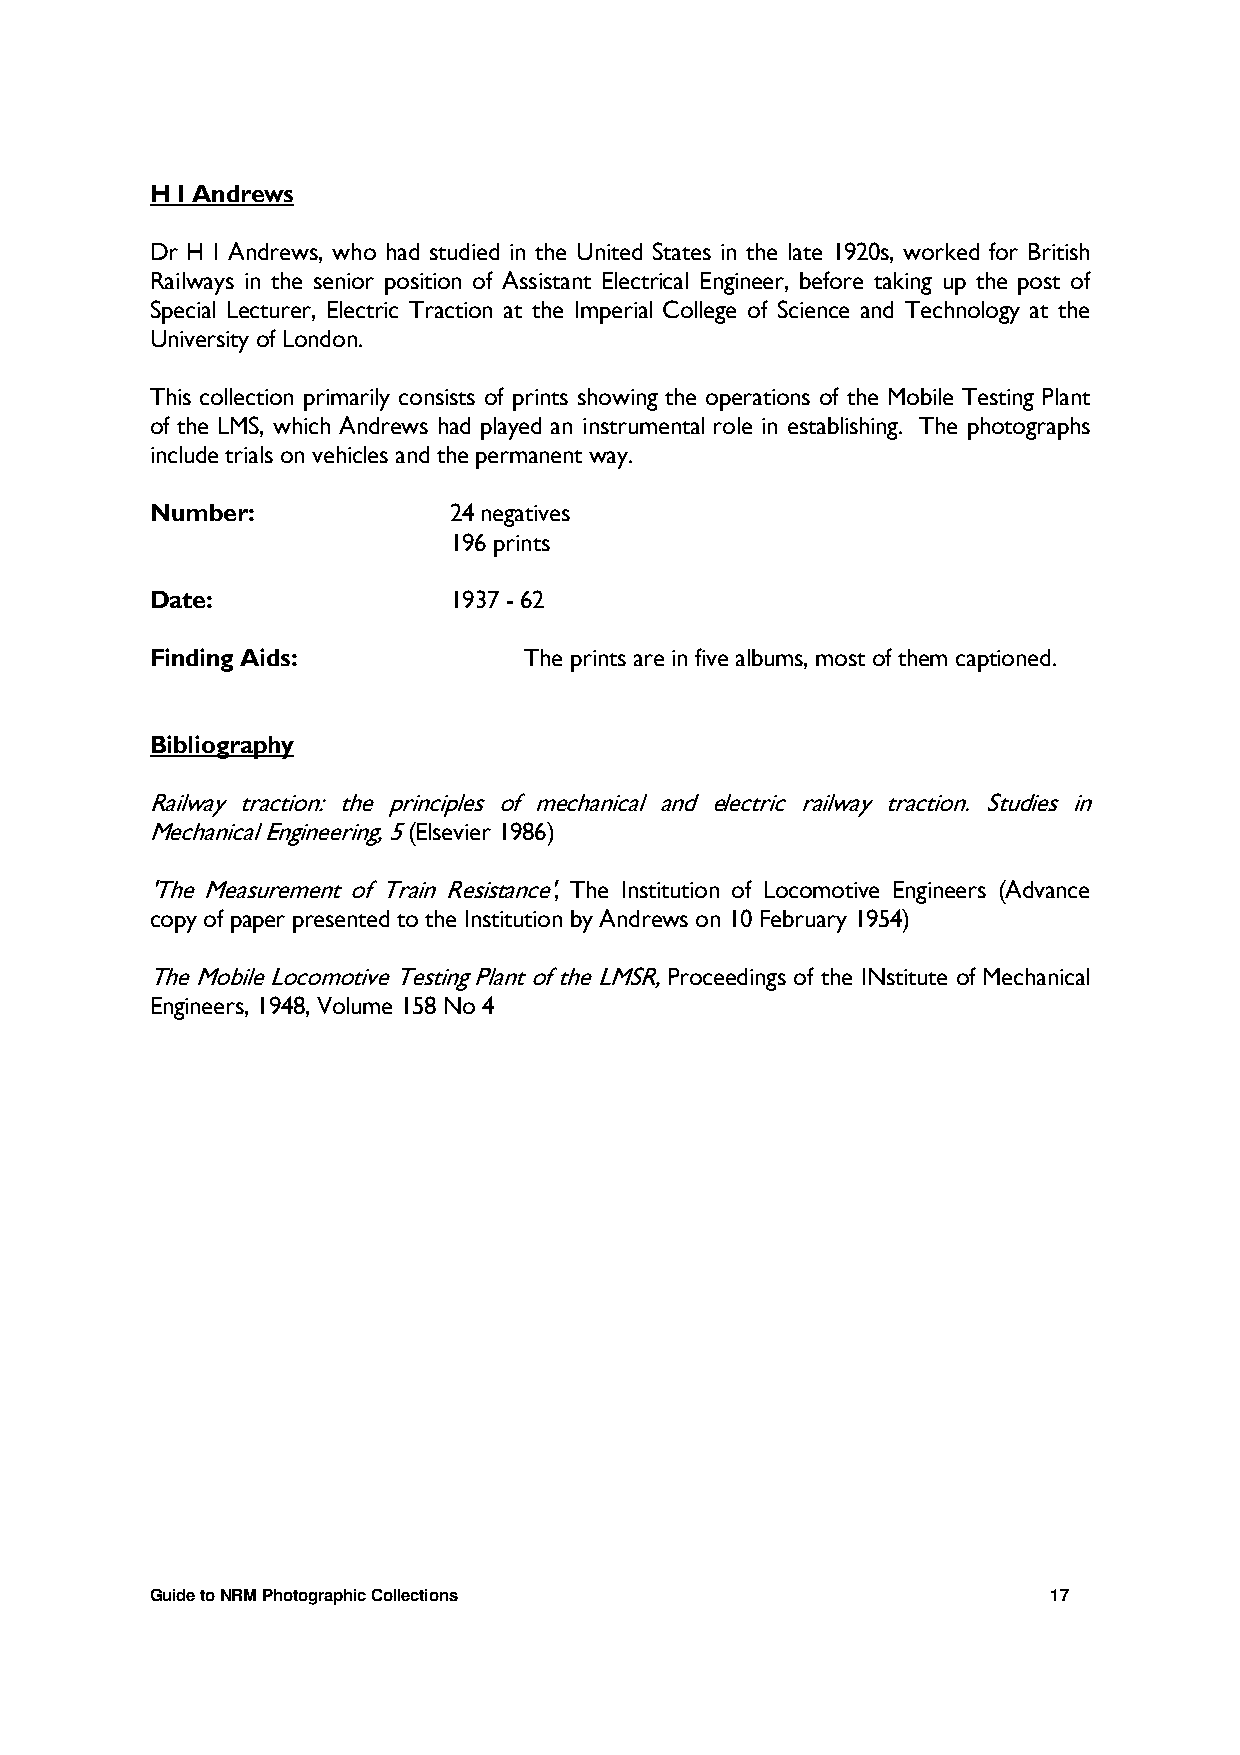
H I Andrews
 Dr H I Andrews, who had studied in the United States in the late 1920s, worked for British
 Railways in the senior position of Assistant Electrical Engineer, before taking up the post of
 Special Lecturer, Electric Traction at the Imperial College of Science and Technology at the
 University of London.
 This collection primarily consists of prints showing the operations of the Mobile Testing Plant
 of the LMS, which Andrews had played an instrumental role in establishing. The photographs
 include trials on vehicles and the permanent way.
 Number:             24 negatives
 196 prints
 Date:               1937 - 62
 Finding Aids:            The prints are in five albums, most of them captioned.
 Bibliography
 Railway traction: the principles of mechanical and electric railway traction. Studies in
 Mechanical Engineering, 5 (Elsevier 1986)
 'The Measurement of Train Resistance', The Institution of Locomotive Engineers (Advance
 copy of paper presented to the Institution by Andrews on 10 February 1954)
 The Mobile Locomotive Testing Plant of the LMSR, Proceedings of the INstitute of Mechanical
 Engineers, 1948, Volume 158 No 4
 Guide to NRM Photographic Collections                       17